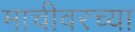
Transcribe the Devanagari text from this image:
माचीवरच्या